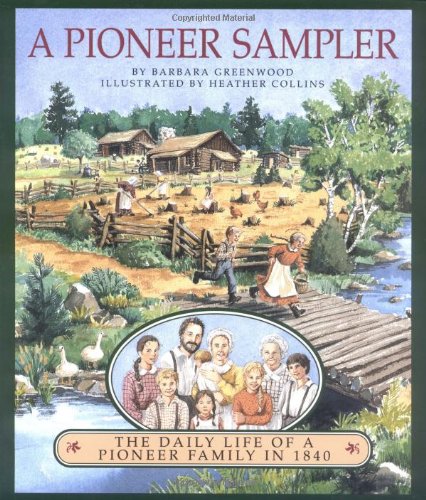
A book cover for A Pioneer Sampler: The Daily Life of a Pioneer Family in 1840; Barbara Greenwood; Children's Books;